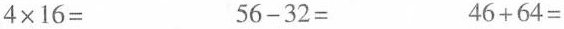
$$4 \times 1 6 =$$ $$5 6 - 3 2 =$$ $$4 6 + 6 4 =$$